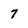
Character: 7